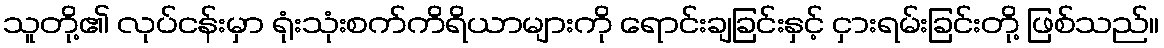
သူတို့၏ လုပ်ငန်းမှာ ရုံးသုံးစက်ကိရိယာများကို ရောင်းချခြင်းနှင့် ငှားရမ်းခြင်းတို့ ဖြစ်သည်။